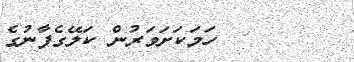
ހަމަކަށަވަރުން ކަލޭގެފާނުގެ